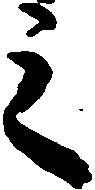
之